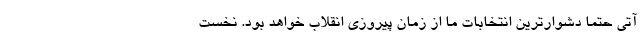
آتی حتماً دشوارترین انتخابات ما از زمان پیروزی انقلاب خواهد بود. نخست